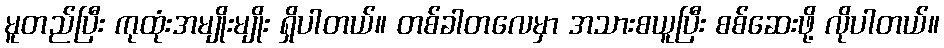
မူတည်ပြီး ကုထုံးအမျိုးမျိုး ရှိပါတယ်။ တစ်ခါတလေမှာ အသားစယူပြီး စစ်ဆေးဖို့ လိုပါတယ်။